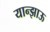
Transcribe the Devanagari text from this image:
यान्झाऊ